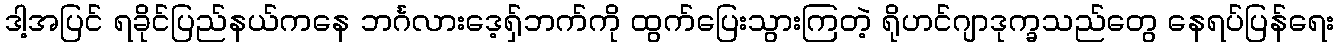
ဒါ့အပြင် ရခိုင်ပြည်နယ်ကနေ ဘင်္ဂလားဒေ့ရှ်ဘက်ကို ထွက်ပြေးသွားကြတဲ့ ရိုဟင်ဂျာဒုက္ခသည်တွေ နေရပ်ပြန်ရေး